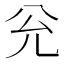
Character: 兊